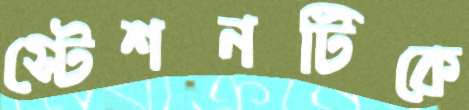
স্টেশনটিকে